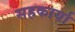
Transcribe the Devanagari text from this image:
सहकार्या